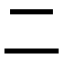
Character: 二